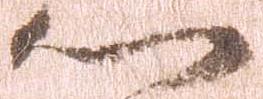
門